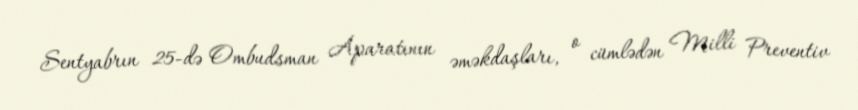
Sentyabrın 25-də Ombudsman Aparatının əməkdaşları, o cümlədən Milli Preventiv